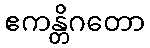
ဧကန္တိဂတော